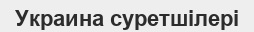
Украина суретшілері